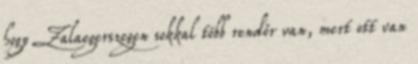
hogy Zalaegerszegen sokkal több rendőr van, mert ott van